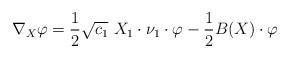
LaTeX: \begin{align*}\nabla_X \varphi = \frac{1}{2} \sqrt{c_1}\ X_1 \cdot \nu_1\cdot \varphi - \frac{1}{2}B(X)\cdot \varphi\end{align*}